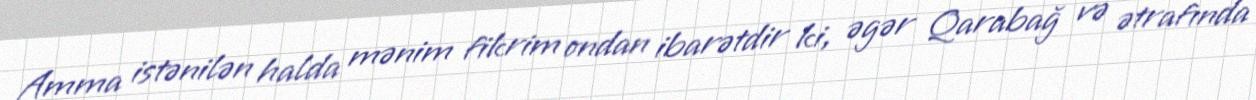
Amma istənilən halda mənim fikrim ondan ibarətdir ki, əgər Qarabağ və ətrafında